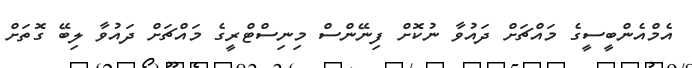
އެމްއެންބީސީގެ މައްޗަށް ދައުވާ ނުކޮށް ފިނޭންސް މިނިސްޓްރީގެ މައްޗަށް ދައުވާ ލިބޭ ގޮތަށް